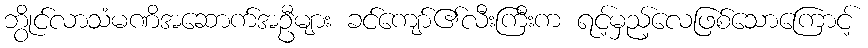
ဘွိုင်လာသံမဏိအဆောက်အဦများ ခင်ကျော်၏လီးကြီးက ရင့်မှည့်လေဖြစ်သောကြောင့်